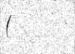
(